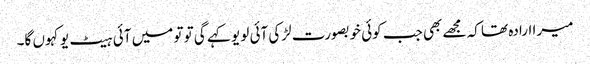
میرا ارادہ تھا کہ مجھے بھی جب کوئی خوبصورت لڑکی آئی لو یو کہے گی تو تو میں آئی ہیٹ یو کہوں گا۔